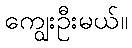
ကျွေးဦးမယ်။